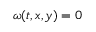
\omega ( t , x , y ) = 0